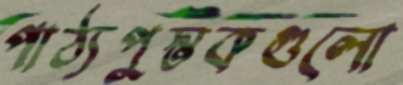
পাঠ্যপুস্তকগুলো